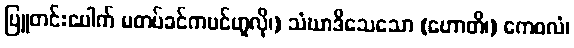
ပြူတင်းပေါက် မတပ်ခင်ကပင်ဟူလို၊) သံဃာဒိသေသော (ဟောတိ၊) ကေဝလံ၊